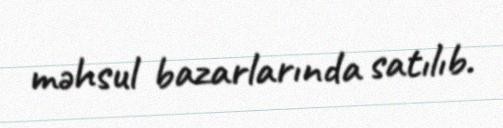
məhsul bazarlarında satılıb.